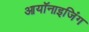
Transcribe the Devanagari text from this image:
आयॉनाइजिंग